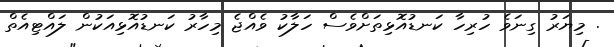
. މިޔަރު ގިނަވެ ހުރިހާ ކަނޑުއޮޅިތަށްވެސް ހަލާކު ވެއްޖެ މިހާރު ކަނޑުއޮޅިއަކުން ލައްޓިއެތް